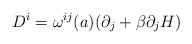
LaTeX: \begin{align*}D^{i} = \omega^{ij}(a)(\partial_j + \beta\partial_j H)\end{align*}